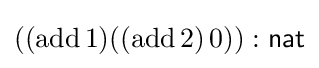
((\mathrm {add} \,1)((\mathrm {add} \,2)\,0)):{\textsf {nat}}